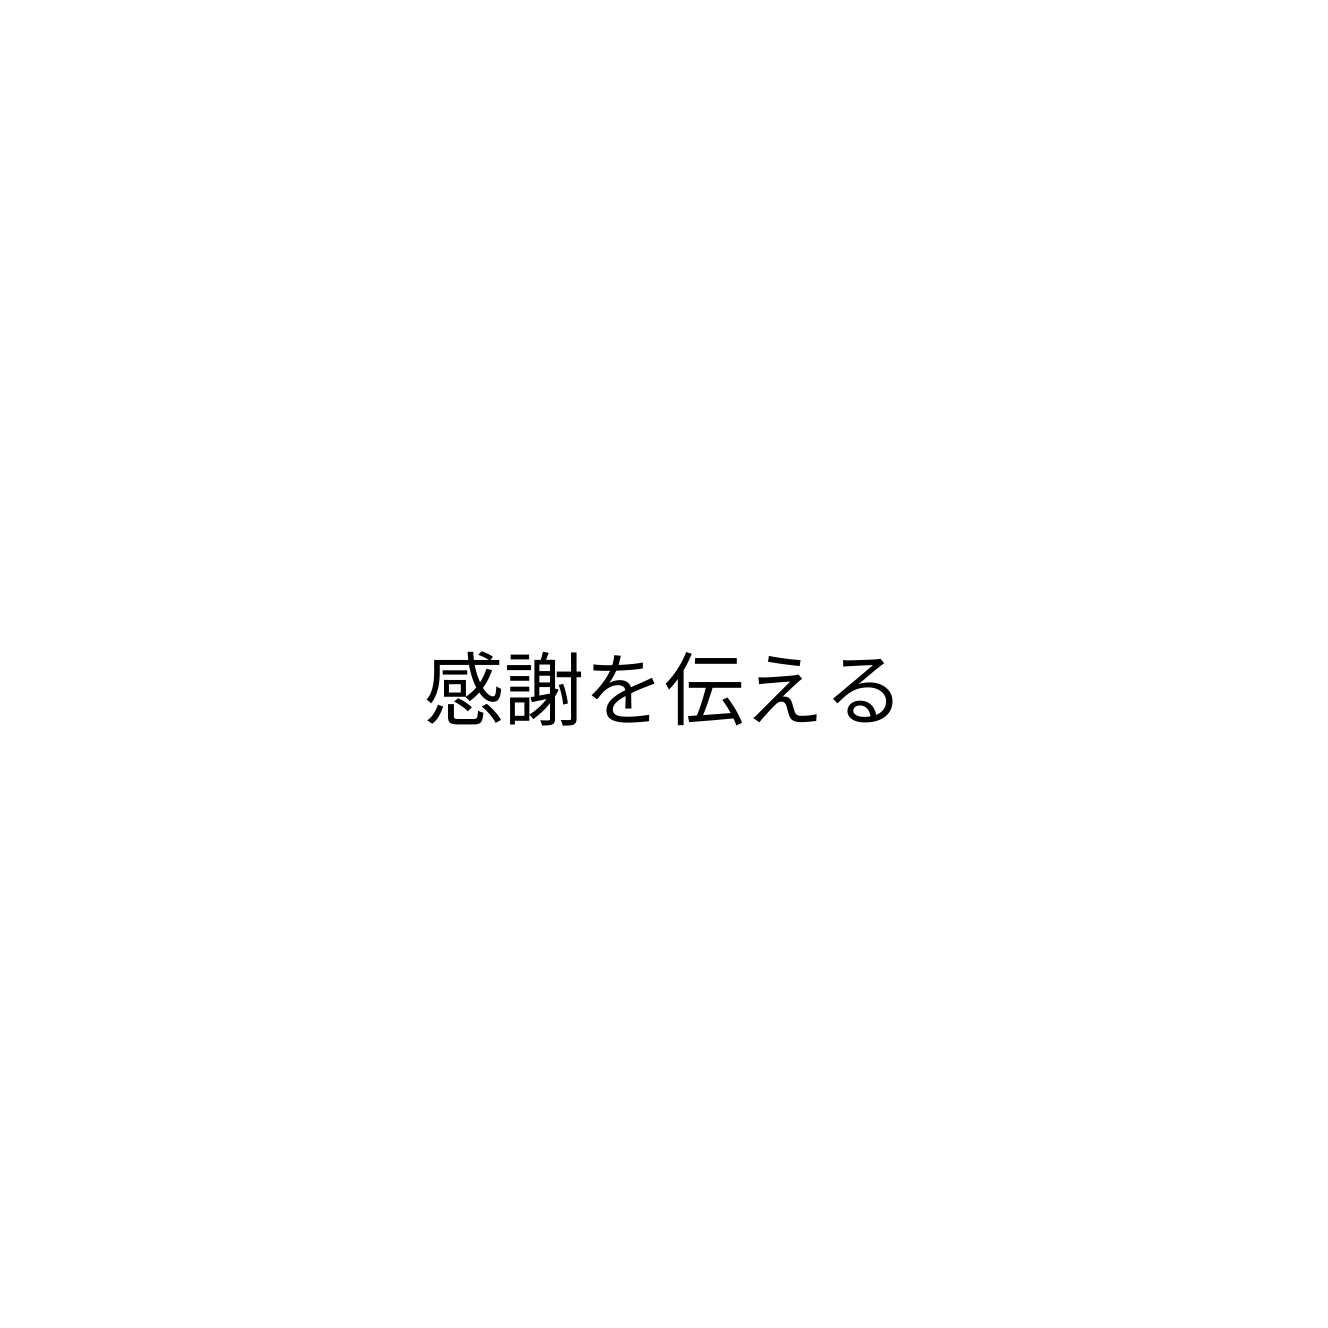
感謝を伝える